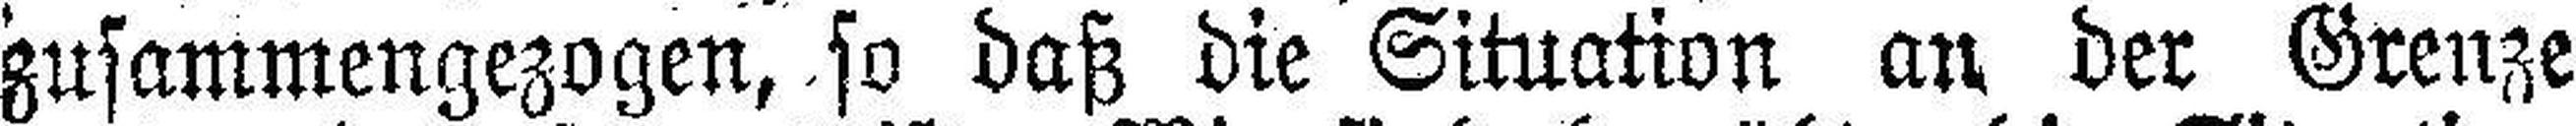
zusammengezogen, so daß die Situation an der Grenze